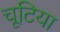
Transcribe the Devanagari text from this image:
चूटिया